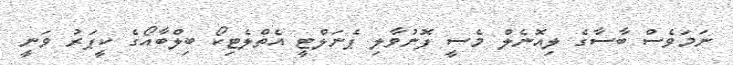
ނަމަވެސް ބާސާގެ ލިއޮނެލް މެސީ ފޮނުވާލި ޕެނަލްޓީ އެތްލެޓިކޯ ބިލްބާއޯގެ ކީޕަރު ވަނީ